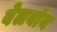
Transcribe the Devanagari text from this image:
बेलबॉय